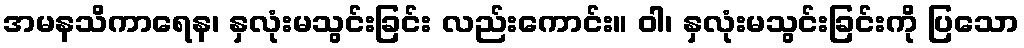
အမနသိကာရေန၊ နှလုံးမသွင်းခြင်း လည်းကောင်း။ ဝါ၊ နှလုံးမသွင်းခြင်းကို ပြသော